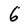
Character: 6